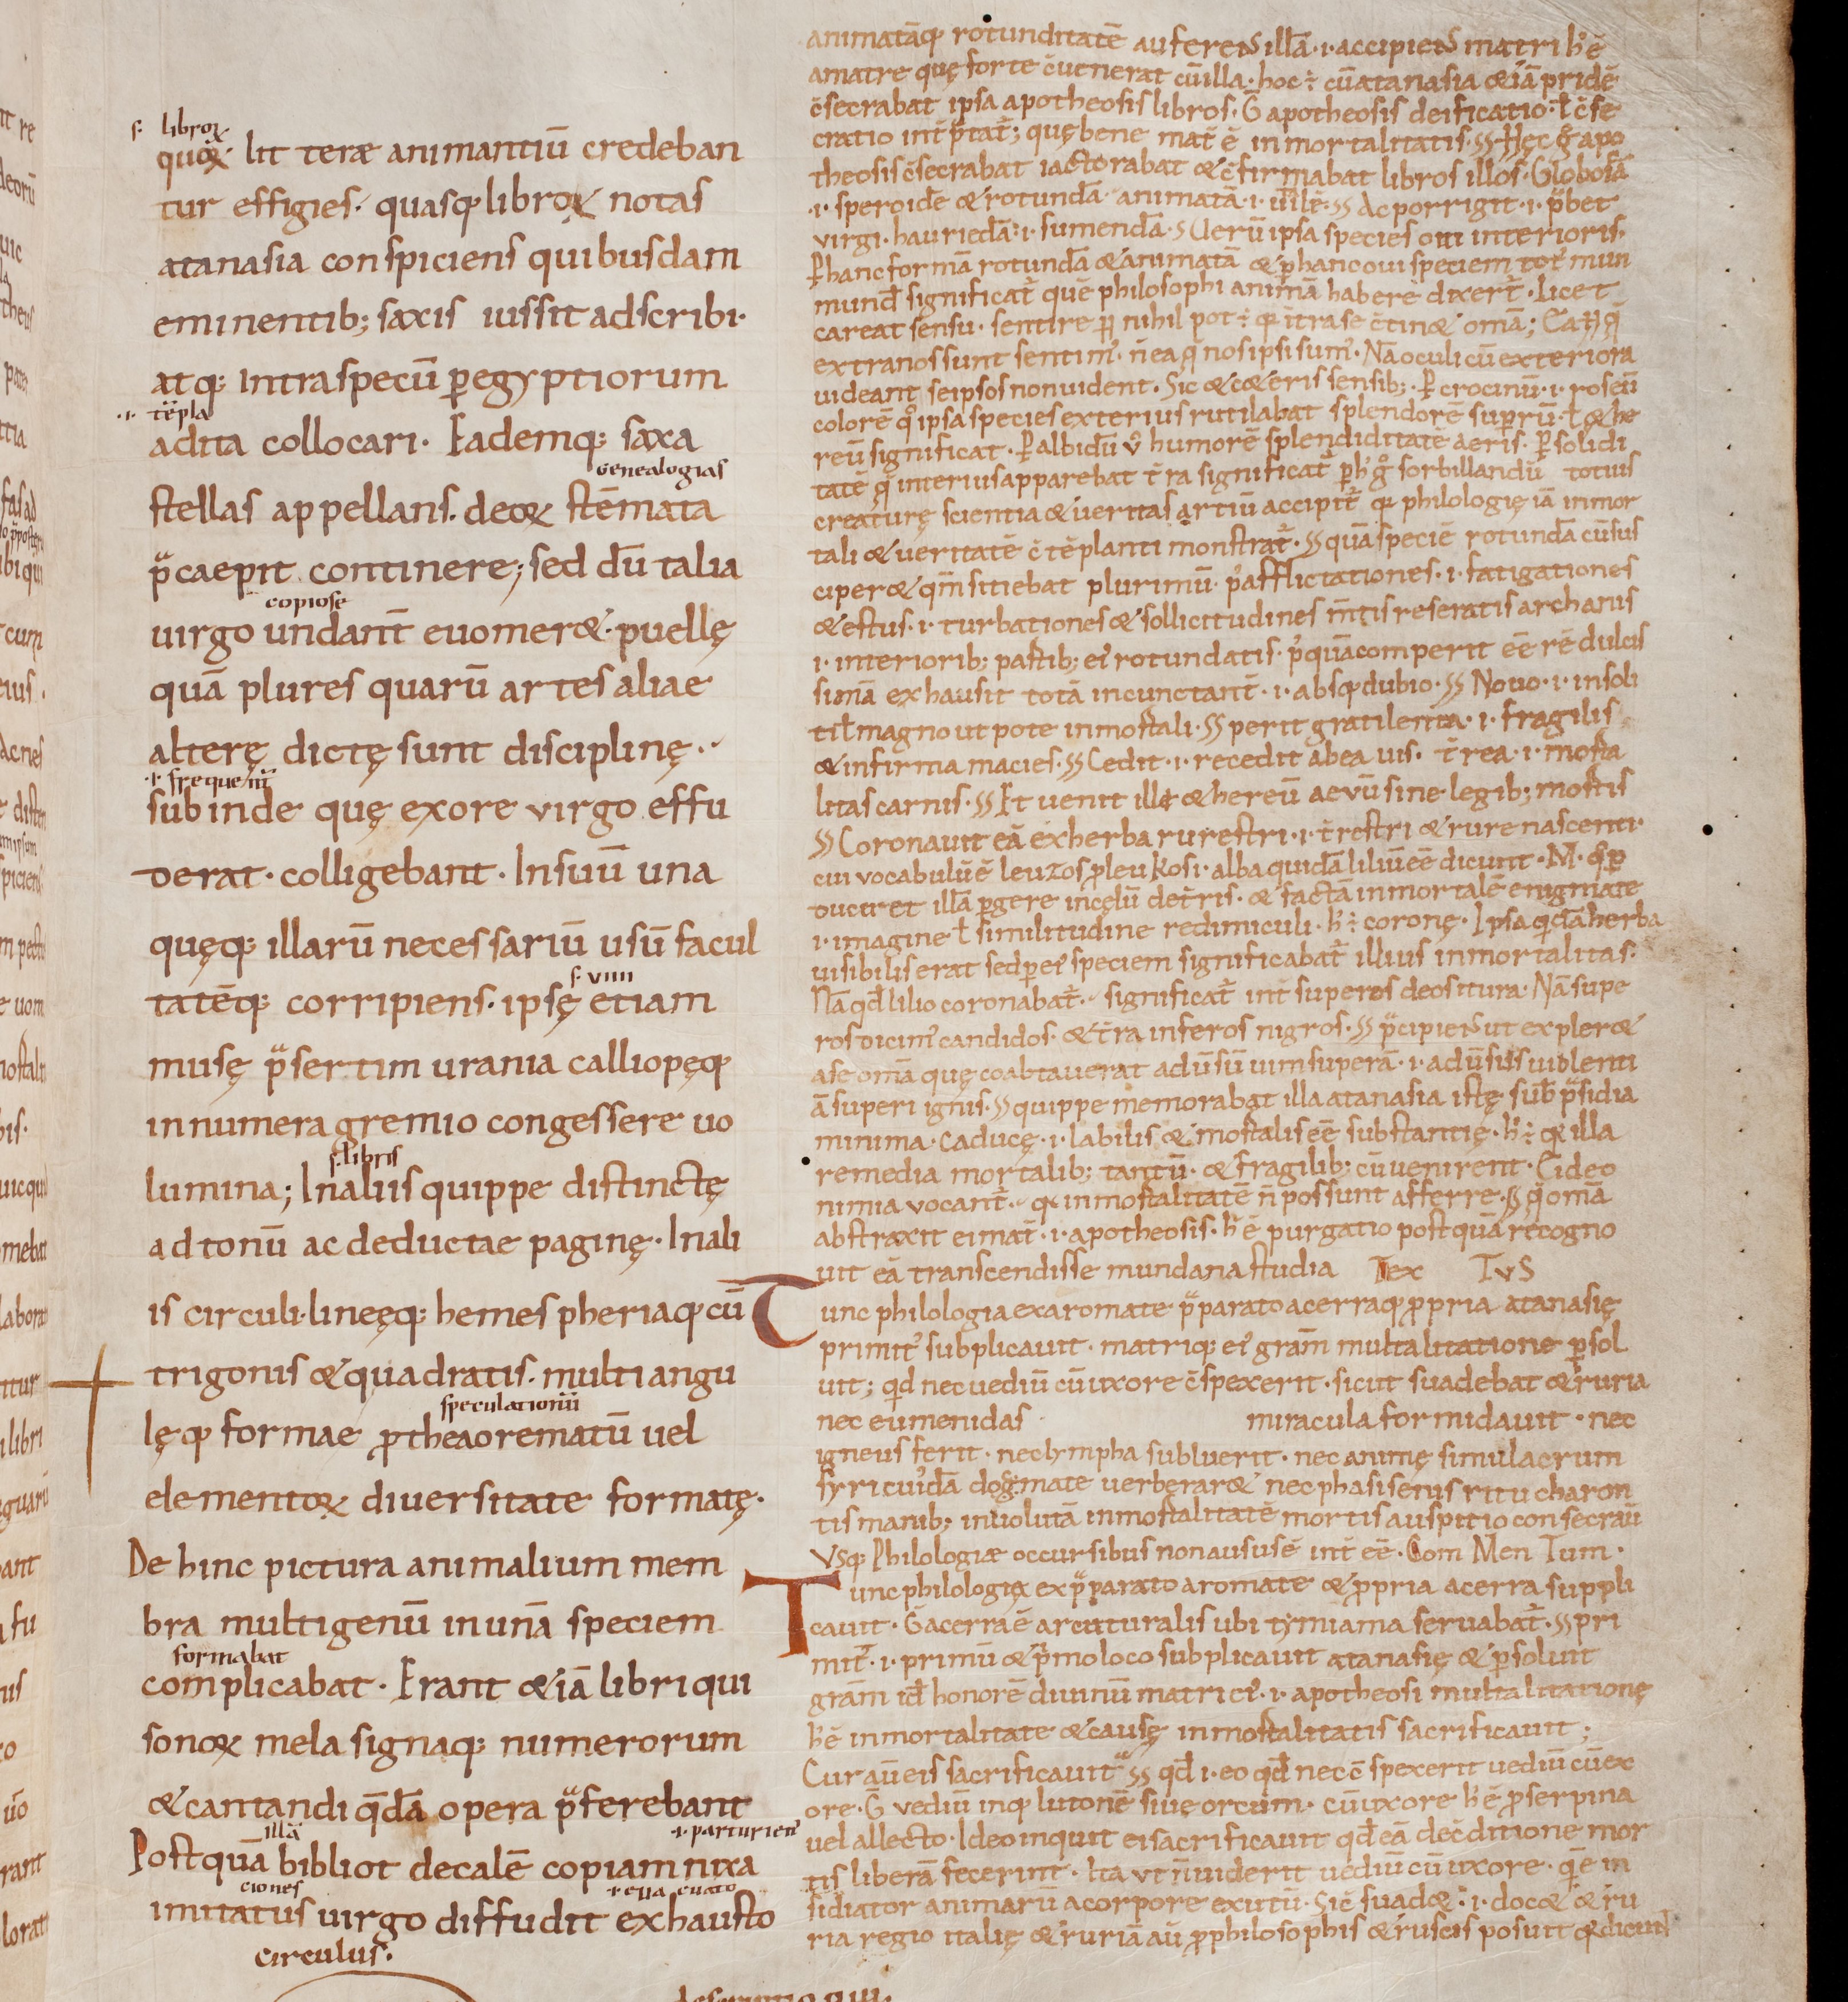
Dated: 1000–1099